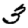
Digit: 3